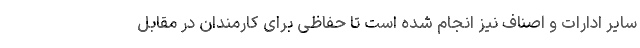
سایر ادارات و اصناف نیز انجام شده است تا حفاظی برای کارمندان در مقابل